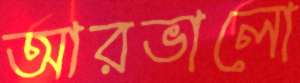
আরভালো